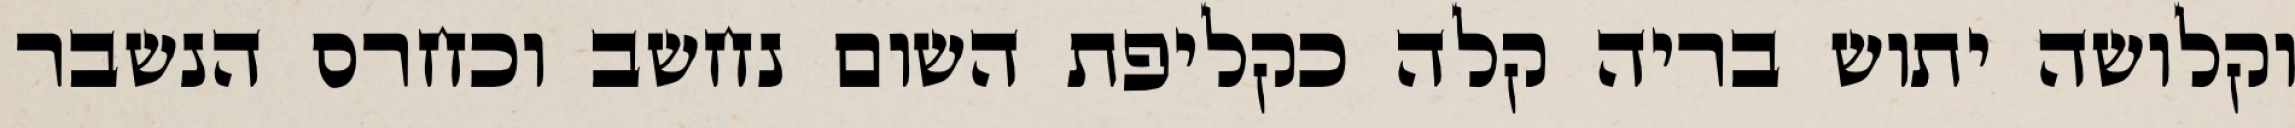
וקלושה יתוש בריה קלה כקליפת השום נחשב וכחרס הנשבר